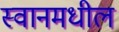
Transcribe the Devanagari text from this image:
स्वानमधील